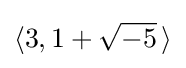
\langle 3,1+{\sqrt {-5}}\,\rangle